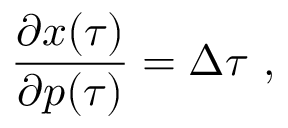
\frac { \partial \ensuremath { \boldsymbol { { x } } } ( \tau ) } { \partial \ensuremath { \boldsymbol { p } } ( \tau ) } = \Delta \tau \ ,